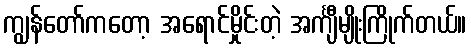
ကျွန်တော်ကတော့ အရောင်မှိုင်းတဲ့ အင်္ကျီမျိုးကြိုက်တယ်။